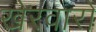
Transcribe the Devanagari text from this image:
खेरवारों